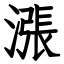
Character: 漲